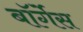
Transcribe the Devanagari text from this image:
बॉर्गेस